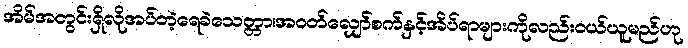
အိမ်အတွင်းရှိလိုအပ်တဲ့ရေခဲသေတ္တာ၊အဝတ်လျှော်စက်နှင့်အိပ်ရာများကိုလည်းဝယ်ယူမည်ဟု